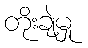
တိုးချဲ့မှု